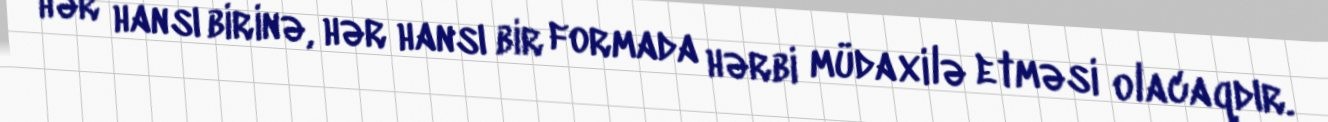
hər hansı birinə, hər hansı bir formada hərbi müdaxilə etməsi olacaqdır.